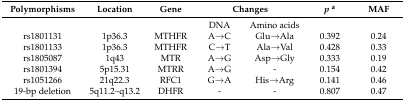
| Polymorphisms | Location | Gene | <COLSPAN=2> Changes | pa | MAF |
 | --- | --- | --- | --- | --- | --- | --- |
 |  |  |  | DNA | Amino acids |  |  |
 | rs1801131 | 1p36.3 | MTHFR | A→C | Glu→Ala | 0.392 | 0.24 |
 | rs1801133 | 1p36.3 | MTHFR | C→T | Ala→Val | 0.428 | 0.33 |
 | rs1805087 | 1q43 | MTR | A→G | Asp→Gly | 0.333 | 0.19 |
 | rs1801394 | 5p15.31 | MTRR | A→G | - | 0.154 | 0.42 |
 | rs1051266 | 21q22.3 | RFC1 | G→A | His→Arg | 0.141 | 0.46 |
 | 19-bp deletion | 5q11.2–q13.2 | DHFR | - | - | 0.807 | 0.47 |